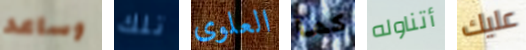
وساعد تلك العلوى كما أتناوله عليك